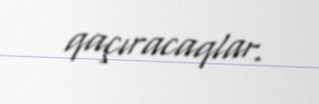
qaçıracaqlar.